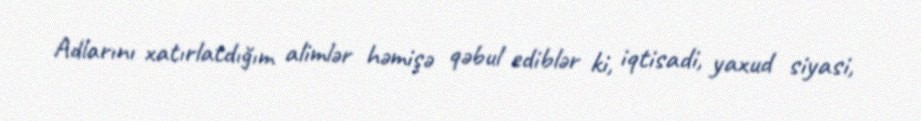
Adlarını xatırlatdığım alimlər həmişə qəbul ediblər ki, iqtisadi, yaxud siyasi,